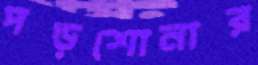
পড়শোনার